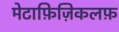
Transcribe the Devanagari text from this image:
मेटाफ़िज़िकलफ़